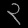
Digit: ၃